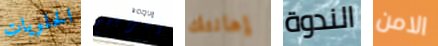
الحلويات إخراجهم إهانتك الندوة الامن